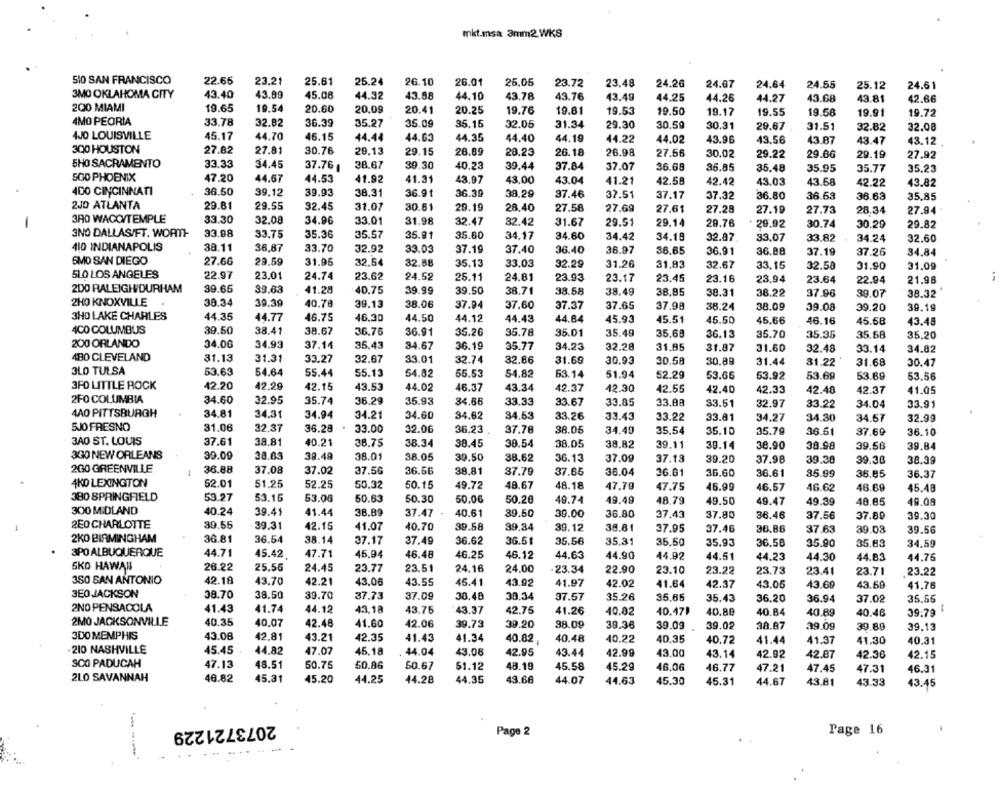
mkt.msa 3mm2 WKS
510 SAN FRANCISCO
22.65
23.21
25.61
25.24
26.10
26.01
25,05
23.72
23.48
24.26
24.67
24.64
24.55
25.12
24.61
3MO OKLAHOMA CITY
43.40
43.89
45.08
44.32
43.88
44.10
43.76
43.78
43.49
44.25
44.26
44.27
43.68
43.81
42.66
200 MIAMI
19.65
19.54
20.60
20.09
20.41
20.25
19.76
19.81
19.53
19.50
19.17
19.55
19.58
19.91
19.72
4MO PEORIA
33.78
32.82
36.39
35.27
35.09
35.16
32.05
31.34
29.30
30.59
30.31
29.67
31.51
32.82
32.08
4JO LOUISVILLE
45.17
44.70
46.15
44.44
44.63
44.35
44.40
44.19
44.22
44.02
43.96
43.56
43.87
43.47
43.12
300 HOUSTON
27.82
27.81
30.76
20.13
26.69
29.15
28.23
26.18
26.98
27.56
30.02
29.22
29.66
29.19
27.92
5HO SACRAMENTO
33.33
34.45
37.76
28.67
39.30
40.23
39.44
37.84
37.07
36.68
35.77
35.85
35.48
35.95
35.23
SGO PHOENIX
47.20
44.67
44.53
41.92
41.31
43.97
43,00
43.04
41.21
42.58
42.42
43.03
43.68
42.22
43.82
400 CINCINNATI
36.50
39.12
39.93
38.31
36.91
36.39
38,29
97.46
37.51
37.17
37.32
36.80
36.63
36.63
35.85
2JD ATLANTA
29.81
29.55
32.45
31.01
30.61
29.19
28.40
27.58
27.69
27.61
27.28
27.19
27.73
28.34
27.94
380 WACC/TEMPLE
33.30
32.08
34.96
33.01
31.98
32.47
32.42
31.67
29.51
-
29.14
29.76
29.92
30.74
30.29
29.82
3NO DALLASIFT. WORTH-
33.98
33.75
35.36
35.57
35.91
35.60
34.17
34.60
34.42
34.18
32.87
33.07
33.82
34.24
32.60
410 INDIANAPOLIS
38.11
36,87
33.70
32.92
33.03
37.19
37.40
36.40
36.97
36.65
36.91
36.88
37.19
37.26
34.84
SMO SAN DIEGO
27.66
29.59
31.95
32.64
32.88
35.13
33.03
32.29
31.26
31,83
32.67
33.15
32.50
31.90
31.09
5LO LOS ANGELES
22.97
23.01
24.74
23.62
24.52
25.11
24.81
23.93
23.17
23.45
23.16
23.94
23.64
22.94
21.98
200 RALEIGH DURHAM
39.65
39.63
41.28
40.75
39.99
39.50
38.71
38.58
38.49
38,85
38.31
38.22
37.96
39.07
38.32
2HO KNOXVILLE
38.34
40.78
39.39
39.13
38.06
37.94
37,60
37.37
37.65
37.98
38.24
38.09
39.08
39.20
39.19
3HD LAKE CHARLES
44.35
44.77
46.75
46.30
44.50
44.12
44.43
44.84
45.93
45.51
45.50
45.66
46.16
45.68
43.48
4CO COLUMBUS
39.50
38.41
38.67
36.75
36.91
35.26
35.78
35.01
35.49
35.68
36.13
35.70
35.35
35.58
35.20
200 ORLANDO
34.00
34.93
37.14
35.43
34.67
36.19
35.77
34.23
32.28
31,85
31.87
31.60
32.48
33.14
34.82
4BO CLEVELAND
31.13
31.31
33.27
32.67
33.01
32.74
32.66
31.69
30.93
30.58
30.89
31.44
31.22
31.68
30.47
3LO TULSA
53.63
54.64
55.44
55.13
54.82
55.53
54.82
63.14
51.94
52.29
53.66
53.92
53.69
53.69
53.56
3FD LITTLE ROCK
42.20
42.29
42.15
43.53
44.02
46.37
43.34
42.37
42.30
42.55
42.40
42.33
42.48
42.37
41.05
2FO COLUMBIA
34.60
32.95
35.74
36.29
35.93
34.66
33.33
33.67
33.85
33.88
33.51
32.97
33.22
34.04
33.91
4AO PITTSBURGH
34.81
34.31
34.94
34.21
34.60
34.62
34.53
33.26
33.43
33.22
33.81
34.27
34.30
34.57
32.99
5JO FRESNO
31.06
32.37
36.28
33.00
32.06
36.23
37.78
38.05
34.49
35,54
35.10
35.79
36.61
37.69
36.10
3AO ST. LOUIS
37.61
38.81
40.21
38.75
38.34
38.45
38.54
38.05
38.82
39.11
39.14
38.90
38.98
39.56
39.84
3GO NEW ORLEANS
39.09
28.03
39.49
38.01
38.05
30.50
38.62
36.13
37.09
37.18
39.20
37.98
39.38
38.39
39.30
2GO GREENVILLE
36.88
37.08
37.02
37.56
36.66
38,81
37.79
37.65
36.04
36.61
36.60
36.61
35.99
36.85
36.37
4KO LEXINGTON
52.01
51.25
52.25
50.32
50.15
49.72
48.67
48.18
47,70
47.75
46.99
46.57
46.62
46.69
45.48
380 SPRINGFIELD
53.27
53.15
53.08
50.63
50.30
50.06
50.20
49.74
49.49
48.79
49.50
49.47
49.39
48.85
49.09
300 MIDLAND
40.24
39.41
41.44
38.89
37.47
40.61
39.50
30.00
36.80
37.43
37.80
36.46
37.56
37.89
39.30
2E0 CHARLOTTE
39.55
39.31
42.15
41.07
40.70
39.58
39.34
39.12
38.81
37.95
37.46
36,86
37.63
39.03
39.56
2KO BIRMINGHAM
36.81
36.54
38.14
37.17
37.49
36.62
36.51
35.56
35.31
35,50
35.93
36.58
35.90
35.83
34,59
3PO ALBUQUERQUE
44.71
45.42
47.71
45,94
46.48
46.25
46.12
44.63
44.90
44.92
44.51
44.23
44.30
44.83
44.75
SKO HAWAII
26.22
25.56
24.45
23.77
23.51
24.16
24,00
23.34
22.90
23.10
23.22
23.73
23.41
23.71
23.22
3SO SAN ANTONIO
42.18
43.70
42.21
43.06
43.55
45.41
43.92
41.97
42.02
41.64
42.37
43.05
43.69
43.59
41.76
3E0 JACKSON
38.70
38.50
39.70
37.73
37.09
30.48
38.34
37.57
35.26
35.65
35.43
36.20
36.94
37.02
35.66
2NO PENSACOLA
41.43
41.74
44.12
43.18
43.75
43.37
42.75
41.26
40.82
40.47₽
40.88
40.84
40.89
40.46
39:79
2MO JACKSONVILLE
40.35
40.07
42.48
41.60
42.06
39.73
39.20
38.09
39.36
39.09
39.02
38.87
39.89
39.13
39.09
3DO MEMPHIS
43.08
42.81
43.21
42.35
41.43
41.34
40.82
40.48
40.22
40.35
40.72
41.44
41.37
41.30
40.31
210 NASHVILLE
45.45
45.18
44.82
47.07
44.04
43.06
42.95
43.44
42.99
43.00
43.14
42.92
42.87
42.30
42.15
SCO PADUCAH
47.13
48.51
50.75
50.86
50.67
51.12
48.19
45.58
45.29
46.06
46.77
47.21
47.45
47.31
46.31
2LO SAVANNAH
46.82
45,31
45.20
44.25
44.28
44.35
43.66
44.07
44.63
45.30
45.31
44.67
43.81
43.33
43.45
2073721229
Page 2
Page 16
.....--
------